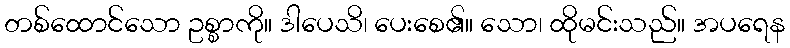
တစ်ထောင်သော ဥစ္စာကို။ ဒါပေသိ၊ ပေးစေ၏။ သော၊ ထိုမင်းသည်။ အပရေန